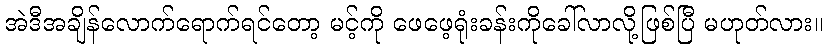
အဲဒီအချိန်လောက်ရောက်ရင်တော့ မင့်ကို ဖေဖေ့ရုံးခန်းကိုခေါ်လာလို့ဖြစ်ပြီ မဟုတ်လား။